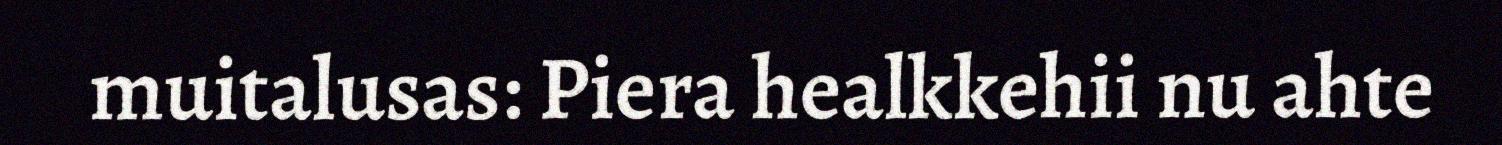
muitalusas: Piera healkkehii nu ahte